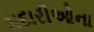
મદારીઓના